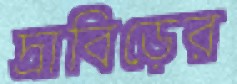
দ্রাবিড়ের